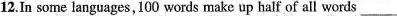
12.In some languages, 100 words ___